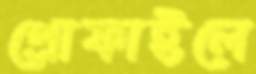
প্রোফাইলে